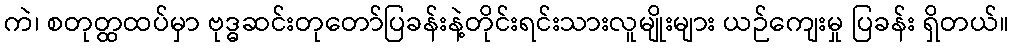
ကဲ၊ စတုတ္ထထပ်မှာ ဗုဒ္ဓဆင်းတုတော်ပြခန်းနဲ့တိုင်းရင်းသားလူမျိုးများ ယဉ်ကျေးမှု ပြခန်း ရှိတယ်။